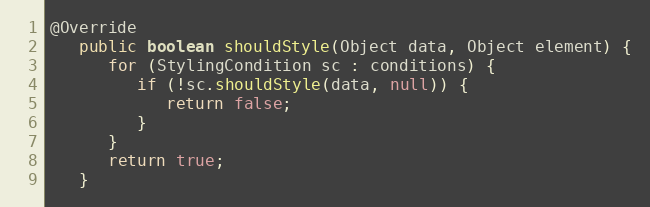
Language: Java
@Override
   public boolean shouldStyle(Object data, Object element) {
      for (StylingCondition sc : conditions) {
         if (!sc.shouldStyle(data, null)) {
            return false;
         }
      }
      return true;
   }